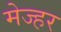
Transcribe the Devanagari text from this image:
मेज्हर